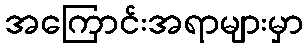
အကြောင်းအရာများမှာ